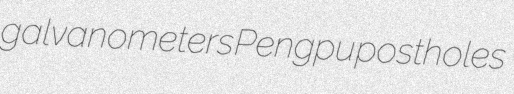
galvanometers Pengpu postholes